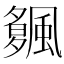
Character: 𩘠